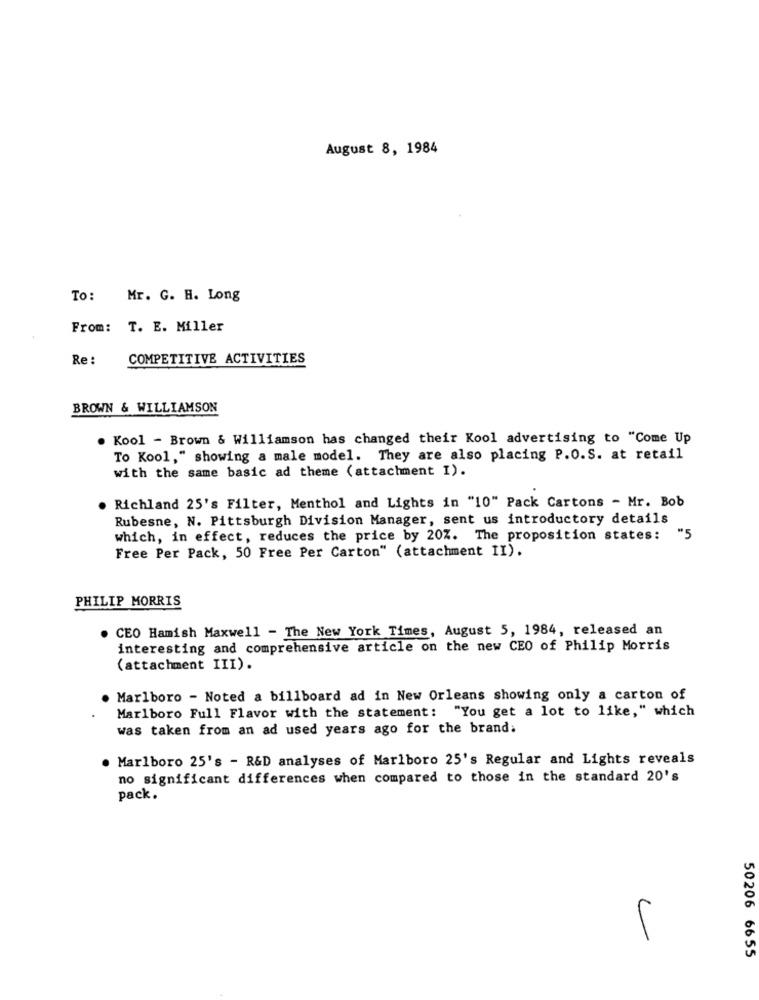
August 8, 1984
To: Mr. G. H. Long
From: T. E. Miller
Re :
COMPETITIVE ACTIVITIES
BROWN & WILLIAMSON
. Kool - Brown & Williamson has changed their Kool advertising to "Come Up
To Kool," showing a male model. They are also placing P.O.S. at retail
with the same basic ad theme (attachment I).
Richland 25's Filter, Menthol and Lights in "10" Pack Cartons - Mr. Bob
Rubesne, N. Pittsburgh Division Manager, sent us introductory details
which, in effect, reduces the price by 20Z. The proposition states:
"5
Free Per Pack, 50 Free Per Carton" (attachment II).
PHILIP MORRIS
. CEO Hamish Maxwell - The New York Times, August 5, 1984, released an
interesting and comprehensive article on the new CEO of Philip Morris
(attachment III).
. Marlboro - Noted a billboard ad in New Orleans showing only a carton of
Marlboro Full Flavor with the statement: "You get a lot to like," which
was taken from an ad used years ago for the brand.
· Marlboro 25's - R&D analyses of Marlboro 25's Regular and Lights reveals
no significant differences when compared to those in the standard 20's
pack.
50206 6655